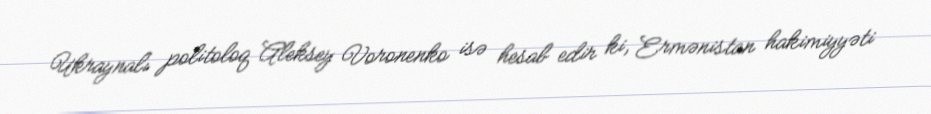
Ukraynalı politoloq Aleksey Voronenko isə hesab edir ki, Ermənistan hakimiyyəti